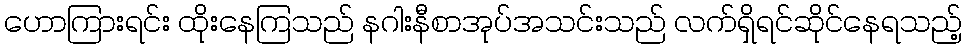
ဟောကြားရင်း ထိုးနေကြသည် နဂါးနီစာအုပ်အသင်းသည် လက်ရှိရင်ဆိုင်နေရသည့်